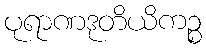
ပုရာဏဒုတိယိကဉ္စ